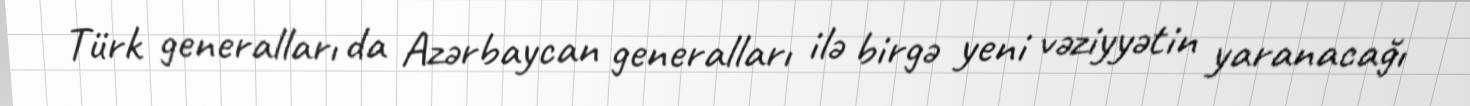
Türk generalları da Azərbaycan generalları ilə birgə yeni vəziyyətin yaranacağı